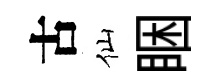
古仙睏